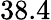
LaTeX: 38.4